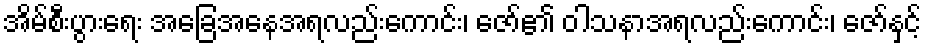
အိမ်စီးပွားရေး အခြေအနေအရလည်းကောင်း၊ ဇော်၏ ဝါသနာအရလည်းကောင်း၊ ဇော်နှင့်